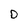
Character: D